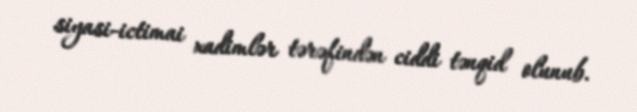
siyasi-ictimai xadimlər tərəfindən ciddi tənqid olunub.